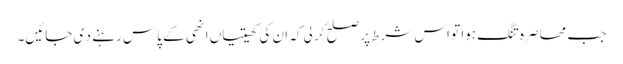
جب محاصرہ تنگ ہوا تو اس شرط پر صلح کر لی کہ ان کی کھیتیاں انھی کے پاس رہنے د ی جائیں۔